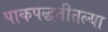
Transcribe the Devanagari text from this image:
पाकपद्धतीतल्या